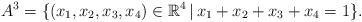
LaTeX: \begin{align*}A^3 = \{ (x_1, x_2, x_3, x_4) \in \mathbb R^4 \, | \, x_1 + x_2 + x_3 + x_4 = 1 \}.\end{align*}